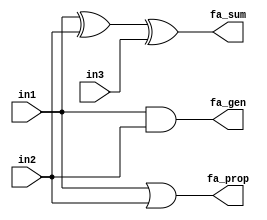
module carry_LA(
    input in1,
    input in2,
    input in3,
    output fa_gen,
    output fa_prop,
    output fa_sum
    );
    wire ha_sum1,ha_sum2;
    
    xor #1 xor_gate1(ha_sum1,in1,in2);
    xor #1 xor_gate2(fa_sum,ha_sum1,in3);
    and #1 and_gate1(fa_gen,in1,in2);
    or  #1  or_gate1(fa_prop,in1,in2);
endmodule